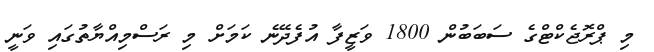
މި ޕްރޮޖެކްޓްގެ ސަބަބުން 1800 ވަޒީފާ އުފެދޭނެ ކަަމަށް މި ރަސްމިއްޔާތުގައި ވަނީ